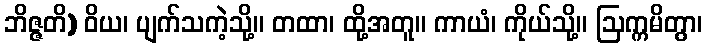
ဘိဇ္ဇတိ) ဝိယ၊ ပျက်သကဲ့သို့။ တထာ၊ ထို့အတူ။ ကာယံ၊ ကိုယ်သို့။ ဩက္ကမိတွာ၊